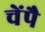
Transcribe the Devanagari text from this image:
चेंपै